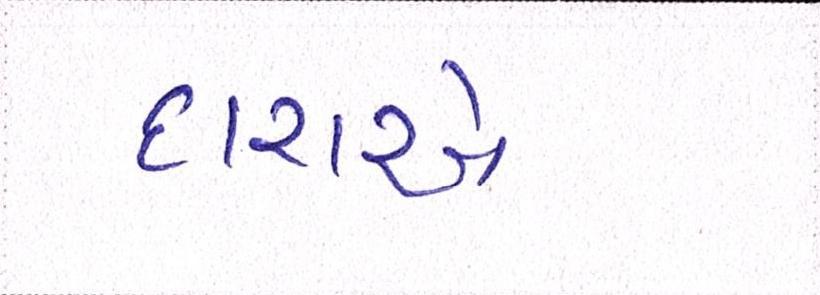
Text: દારાએ